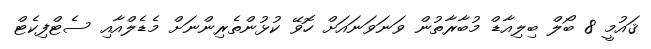
ޤައުމީ 8 ބޯލް ބިލިއާޑް މުބާރާތުން ވަނަވަނައަށް ހޮވޭ ކުޅުންތެރިންނަށް މެޑެލްއާއި ސެޓްފިކެޓް